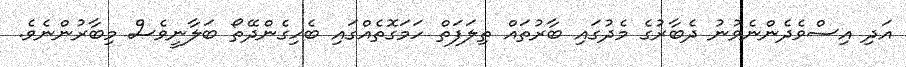
އަދި އިސްވެދެންނެވުނު ދެބާރުގެ މެދުގައި ބާރުތައް ތިލަފަތް ހަމަގޮތެއްގައި ބެހިގެންދޭތޯ ބަލާނީވެސް މިބާރުންނެވެ.